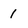
Character: 1